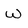
Character: w